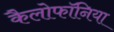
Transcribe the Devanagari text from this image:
कैलोफॉनिया